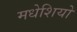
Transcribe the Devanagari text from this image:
मधेशियो